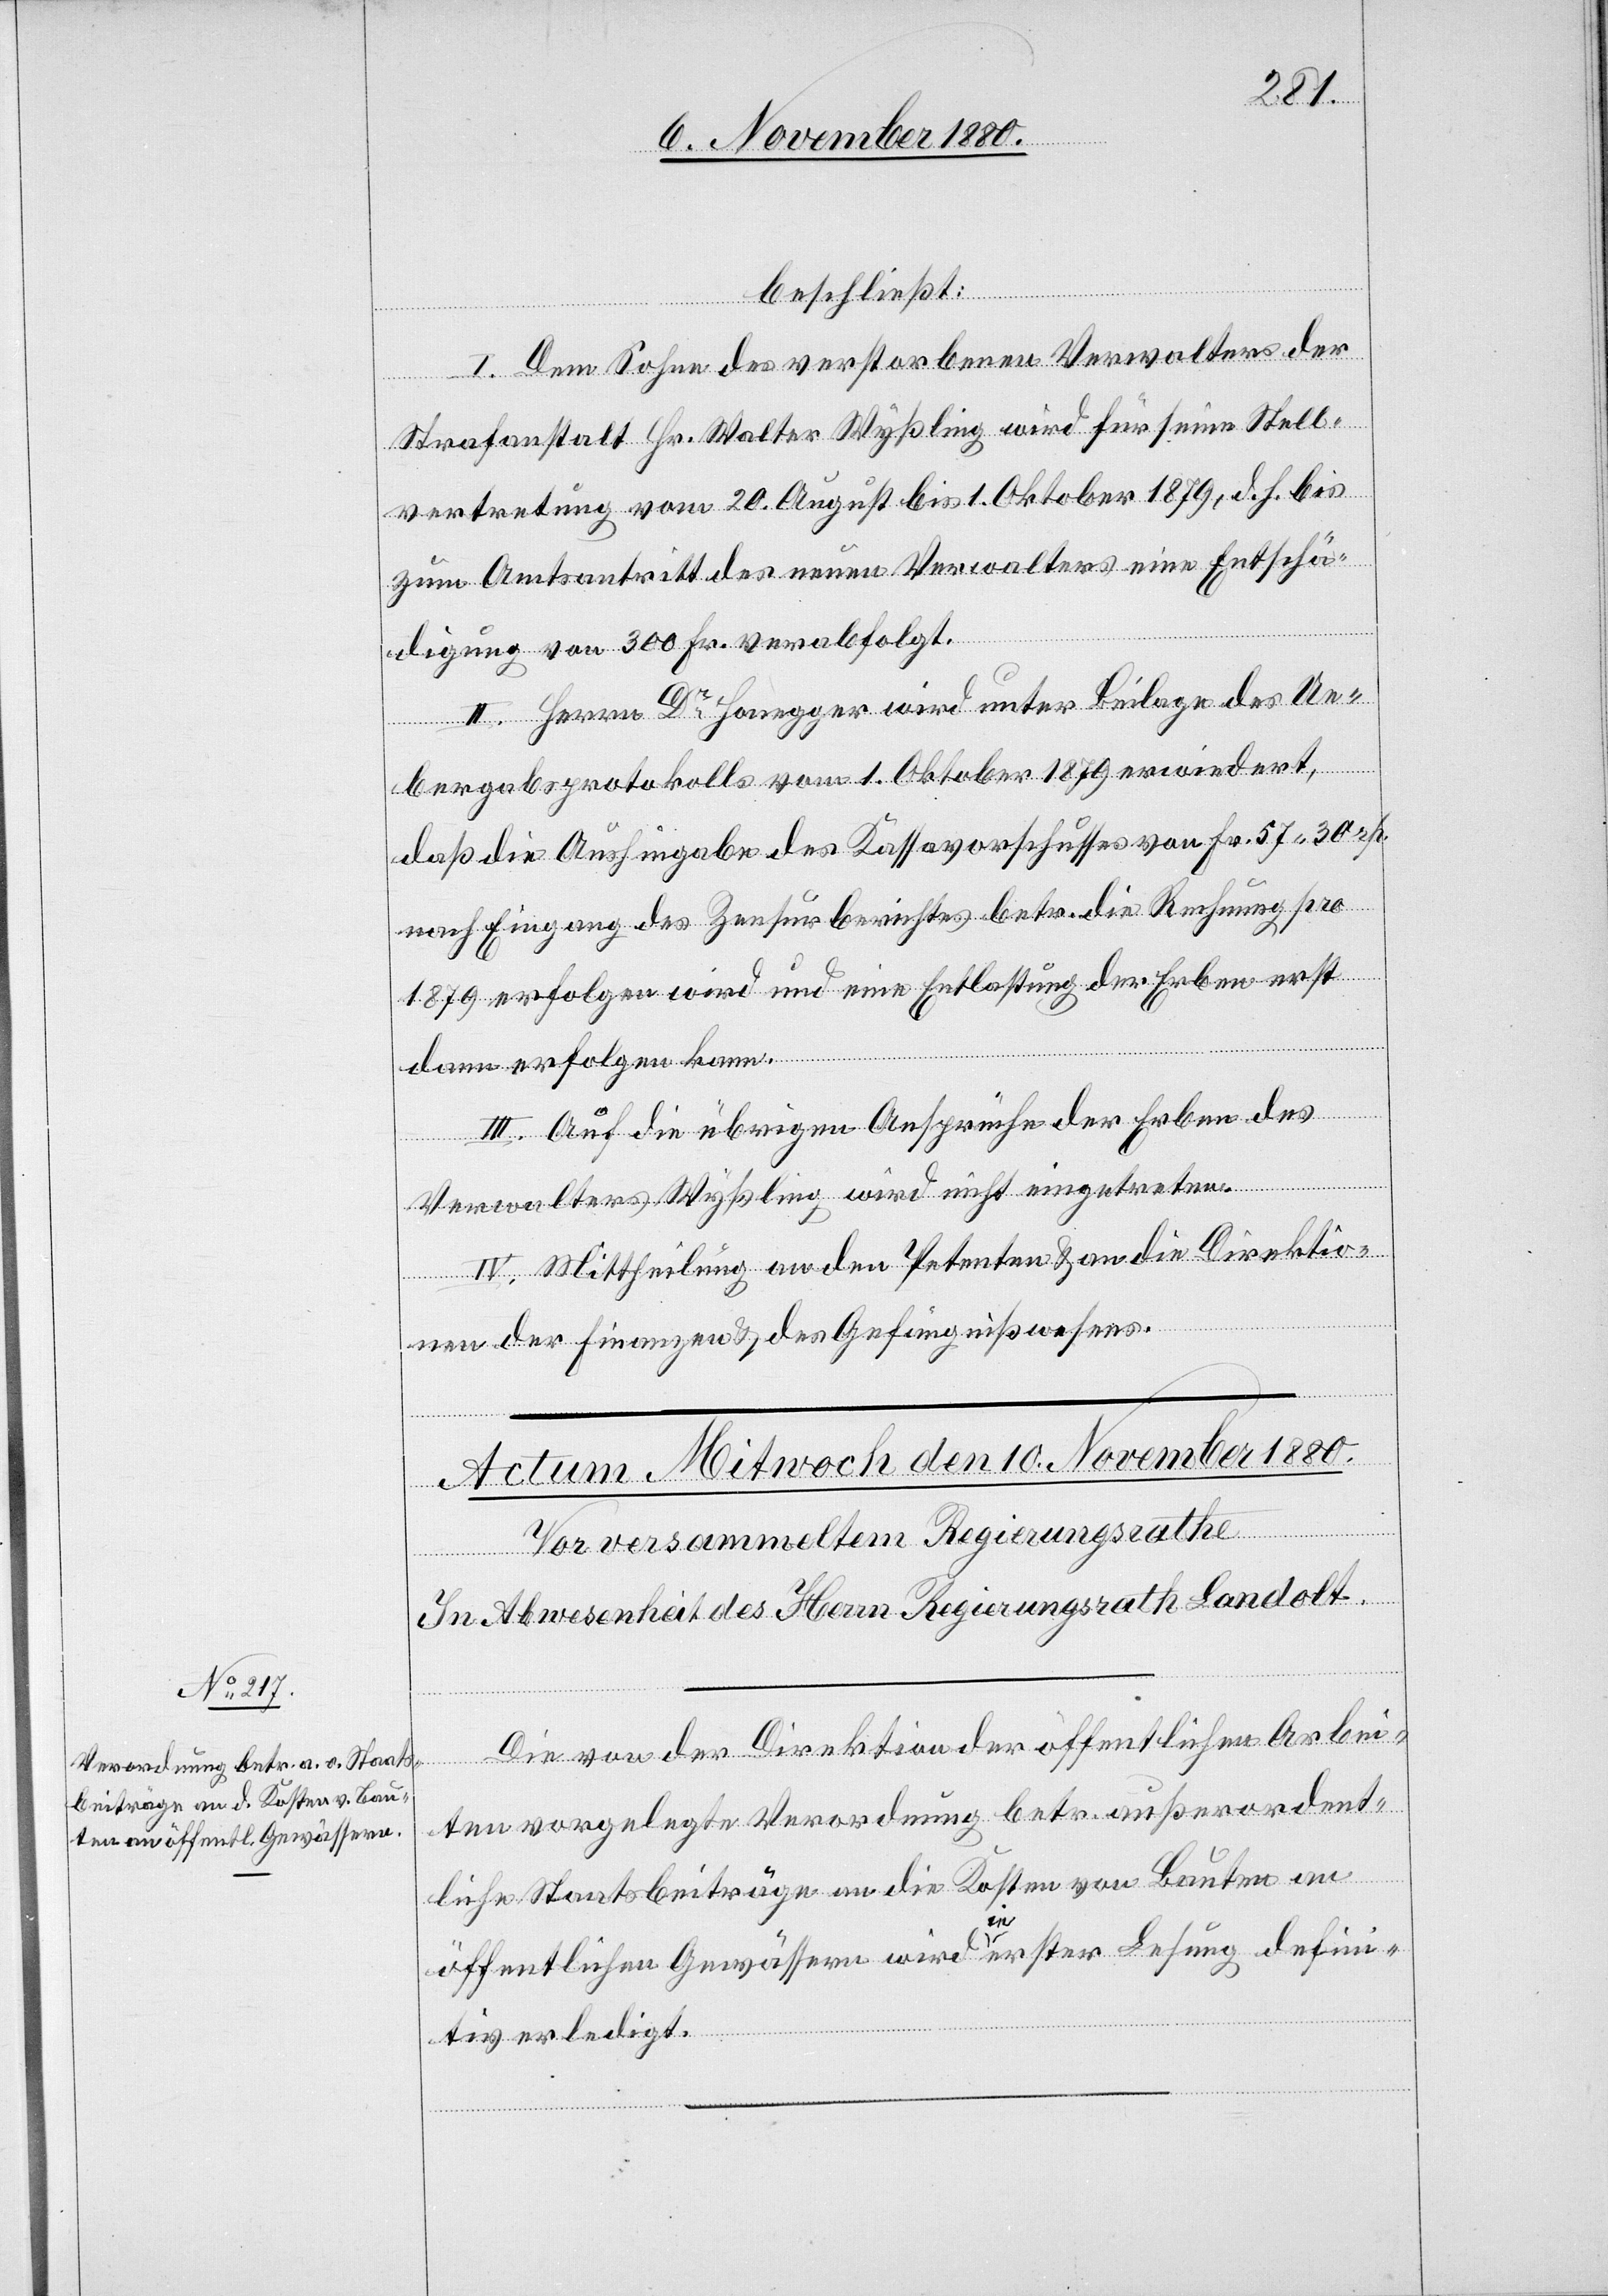
beschließt:
I. Dem Sohne des verstorbenen Verwalters der
Strafanstalt Hr. Walter Wyßling wird für seine Stell¬
vertretung vom 20. August bis 1. Oktober 1879, d. h. bis
zum Amtsantritt des neuen Verwalters eine Entschä¬
digung von 300 Fr. verabfolgt.
II. Herrn Dr Honegger wird unter Beilage des Ue¬
bergabeprotokolls vom 1. Oktober 1879 erwiedert,
daß die Aushingabe des Kassavorschusses von Fr. 57 30 rp.
nach Eingang des Zensurberichtes betr. die Rechnung pro
1879 erfolgen wird und eine Entlastung der Erben erst
dann erfolgen kann.
III. Auf die übrigen Ansprüche der Erben des
Verwalters Wyßling wird nicht eingetreten.
IV. Mittheilung an den Petenten & an die Direktio¬
n der Finanzen & des Gefängnißwesens.
Die von der Direktion der öffentlichen Arbei¬
ten vorgelegte Verordnung betr. außerordent¬
liche Staatsbeiträge an die Kosten von Bauten an
öffentlichen Gewässern wird in erster Lesung defini¬
tiv erledigt.